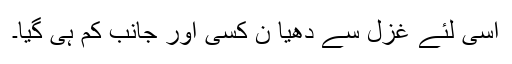
اسی لئے غزل سے دھیا ن کسی اور جانب کم ہی گیا۔